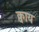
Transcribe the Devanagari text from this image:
क्वाय